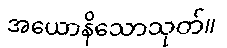
အယောနိသောသုတ်။